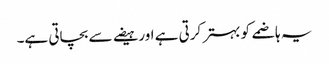
یہ ہاضمے کو بہتر کرتی ہے اور ہیضے سے بچاتی ہے۔